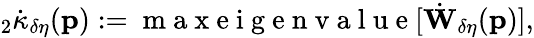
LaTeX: {}_{2}\dot{\kappa}_{\delta\eta}(\mathbf{p}):=\mathrm{~m~a~x~e~i~g~e~n~v~a~l~u~e~}[\dot{\mathbf{W}}_{\delta\eta}(\mathbf{p})],